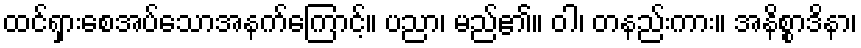
ထင်ရှားစေအပ်သောအနက်ကြောင့်။ ပညာ၊ မည်၏။ ဝါ၊ တနည်းကား။ အနိစ္စာဒိနာ၊